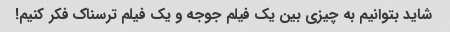
شاید بتوانیم به چیزی بین یک فیلم جوجه و یک فیلم ترسناک فکر کنیم!